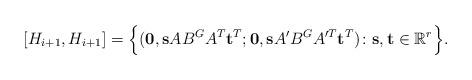
LaTeX: \begin{align*} [H_{i+1},H_{i+1}]=\Bigl\{ (\bold{0},\bold{s}AB^{G}A^{T}\bold{t}^{T};\bold{0},\bold{s}A'B^{G}A'^{T}\bold{t}^{T})\colon\bold{s},\bold{t}\in\mathbb{R}^{r}\Bigr\}. \end{align*}